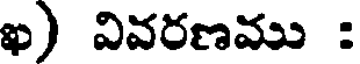
ఖ) వివరణము :